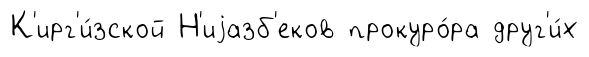
К'ирг'и́зской Н'иjазб'еков прокуро́ра друг'и́х